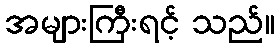
အများကြီးရင့် သည်။